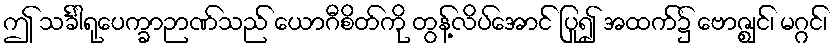
ဤ သင်္ခါရုပေက္ခာဉာဏ်သည် ယောဂီစိတ်ကို တွန့်လိပ်အောင် ပြု၍ အထက်၌ ဗောဇ္ဈင်၊ မဂ္ဂင်၊